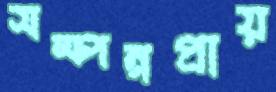
সম্পন্নপ্রায়